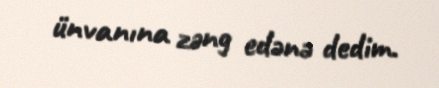
ünvanına zəng edənə dedim.